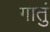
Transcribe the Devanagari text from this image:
गातुं